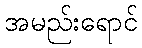
အမည်းရောင်